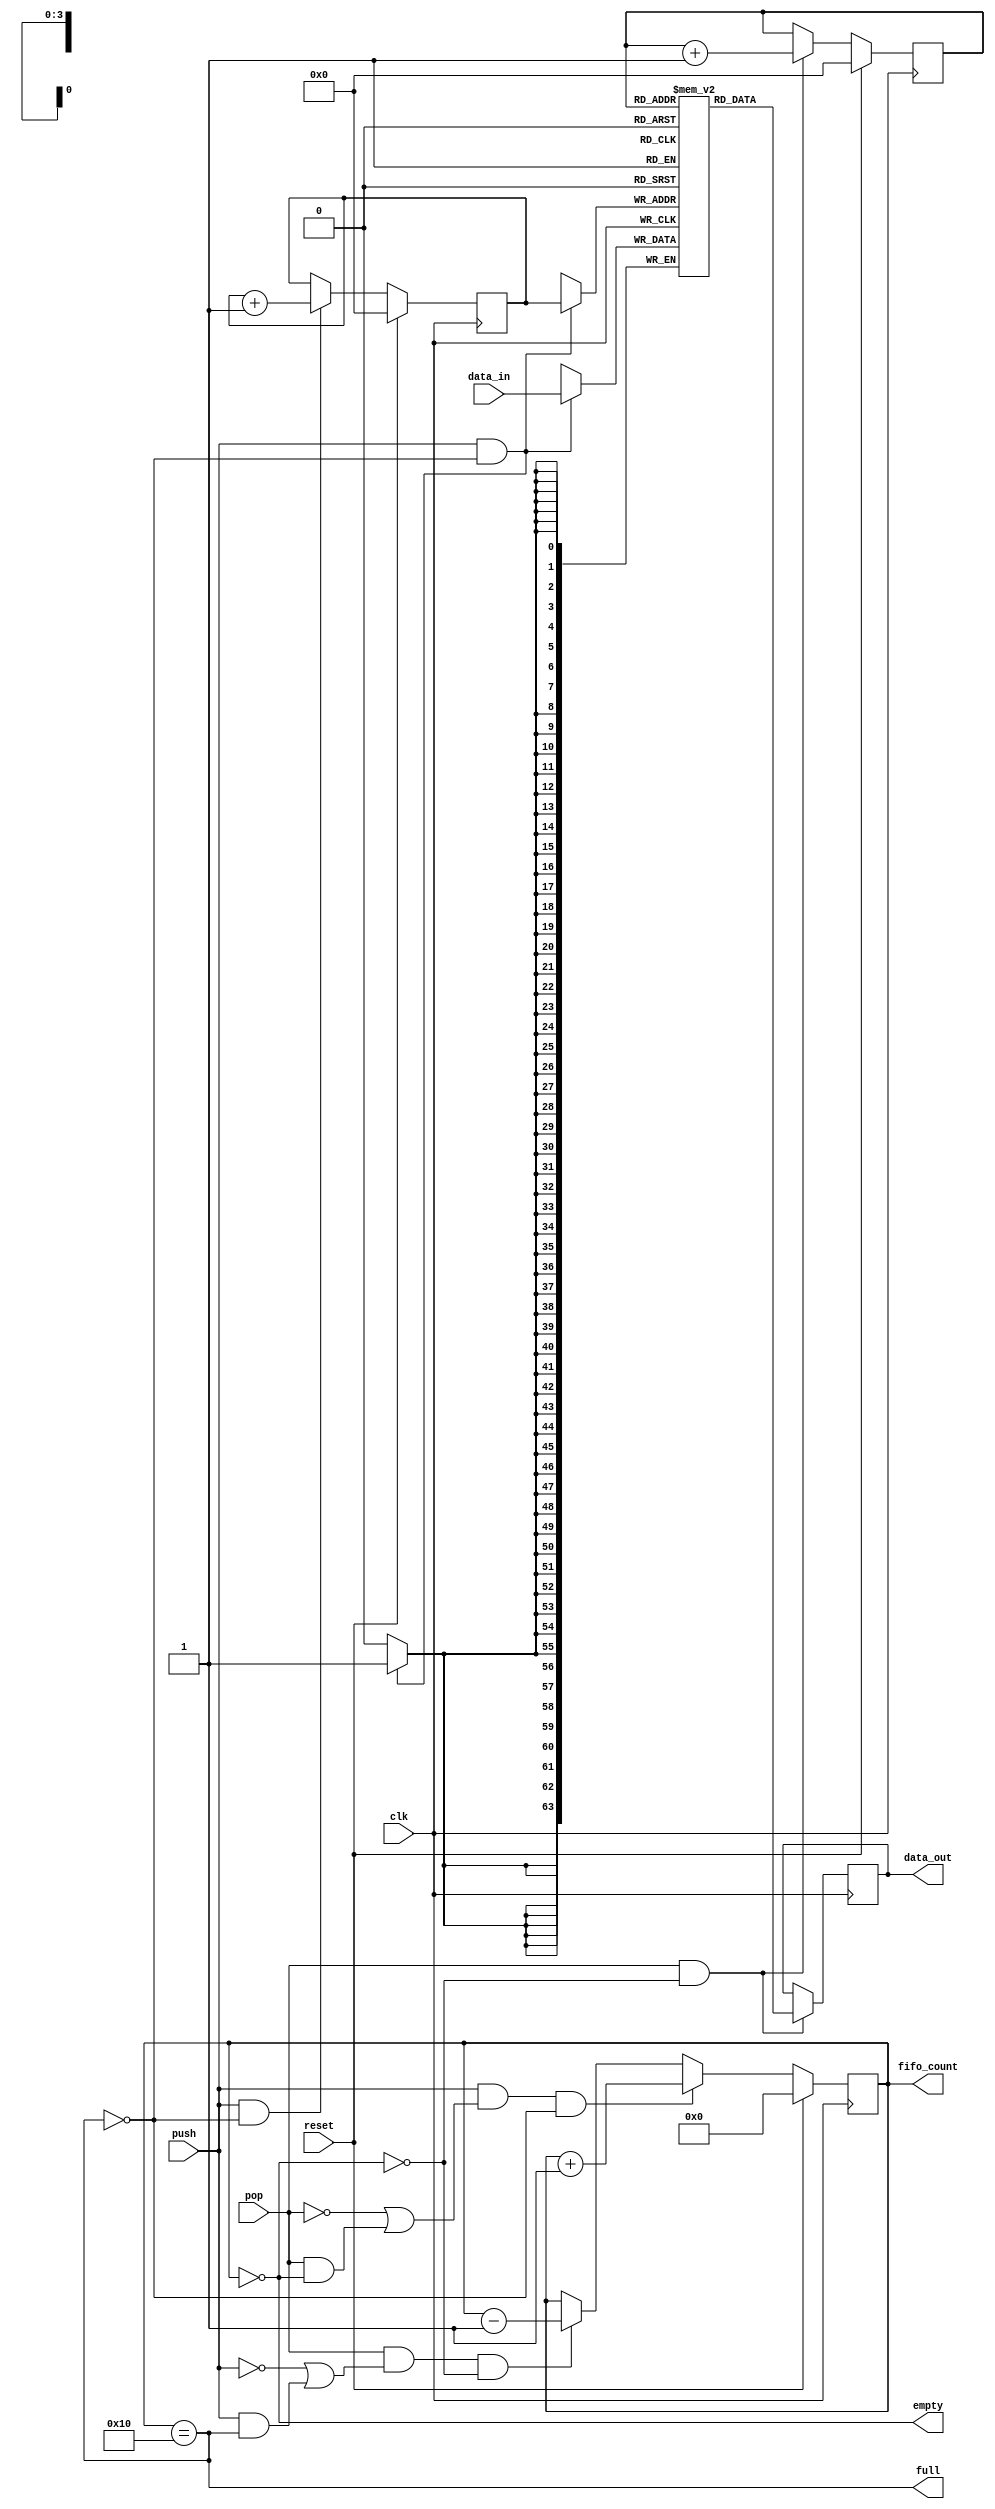
`timescale 1ns/1ps
module fifo
#(  // Parameters
	parameter   DATA_WIDTH          = 64,
	parameter   INIT                = "init.mif",
	parameter   ADDR_WIDTH          = 4,
	parameter   RAM_DEPTH           = (1 << ADDR_WIDTH),
	parameter   INITIALIZE_FIFO     = "no",
	parameter   TYPE                = "MLAB"
)(  // Ports
	input  wire                         clk,
	input  wire                         reset,
	input  wire                         push,
	input  wire                         pop,
	input  wire [ DATA_WIDTH -1 : 0 ]   data_in,
	output reg  [ DATA_WIDTH -1 : 0 ]   data_out,
	output reg                          empty,
	output reg                          full,
	output reg  [ ADDR_WIDTH    : 0 ]   fifo_count
);

// Port Declarations
// ******************************************************************
// Internal variables
// ******************************************************************
reg     [ADDR_WIDTH-1:0]        wr_pointer;             //Write Pointer
reg     [ADDR_WIDTH-1:0]        rd_pointer;             //Read Pointer
//(* ram_style = TYPE *)
reg     [DATA_WIDTH-1:0]        mem[0:RAM_DEPTH-1]      /*synthesis ramstyle = "MLAB" */;     //Memory
// ******************************************************************
// INSTANTIATIONS
// ******************************************************************
initial
begin
	if (INITIALIZE_FIFO == "yes")
	begin
		$readmemh(INIT, mem, 0, RAM_DEPTH-1);
	end
end

always @ (fifo_count)
begin : FIFO_STATUS
	empty   = (fifo_count == 0);
	full    = (fifo_count == RAM_DEPTH);
end

always @ (posedge clk)
begin : FIFO_COUNTER
	if (reset)
		fifo_count <= 0;
	
	else if (push && (!pop||pop&&empty) && !full)
		fifo_count <= fifo_count + 1;
	
	else if (pop && (!push||push&&full) && !empty)
		fifo_count <= fifo_count - 1;
end

always @ (posedge clk)
begin : WRITE_PTR
	if (reset) begin
		wr_pointer <= 0;
	end
	
	else if (push && !full) begin
		wr_pointer <= wr_pointer + 1;
	end
end

always @ (posedge clk)
begin : READ_PTR
	if (reset) begin
		rd_pointer <= 0;
	end
	
	else if (pop && !empty) begin
		rd_pointer <= rd_pointer + 1;
	end
end

always @ (posedge clk)
begin : WRITE
	if (push & !full) begin
		mem[wr_pointer] <= data_in;
	end
end

always @ (posedge clk)
begin : READ
	if (reset) begin
		data_out <= 0;
	end
	
	if (pop && !empty) begin
		data_out <= mem[rd_pointer];
	end

	else begin
		data_out <= data_out;
	end
end

endmodule